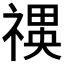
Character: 𮂍